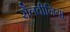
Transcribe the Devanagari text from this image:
सैलवीनिया